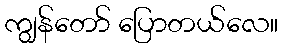
ကျွန်တော် ပြောတယ်လေ။